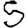
Digit: 5